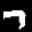
Label: 7